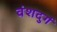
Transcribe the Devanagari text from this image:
वंशदुर्ग